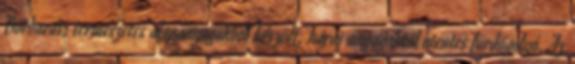
Bőrbarát, természetes alapanyagokból készült, káros anyagoktól mentes fürdőgolyó. Az